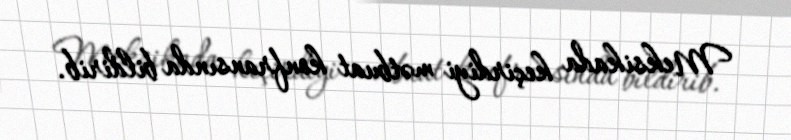
Meksikada keçirdiyi mətbuat konfransında bildirib.